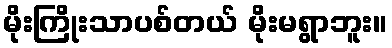
မိုးကြိုးသာပစ်တယ် မိုးမရွာဘူး။